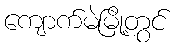
ကျောက်မဲမြို့တွင်